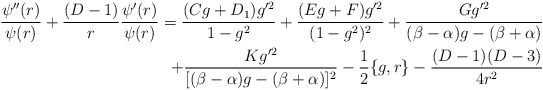
\begin{align*}\frac{\psi^{\prime\prime}(r)}{\psi(r)}+\frac{(D-1)}{r}\frac{\psi^{\prime}(r)}{\psi(r)}=\frac{(Cg+D_1)g^{\prime2}}{1-g^2}+\frac{(Eg+F)g^{\prime2}}{(1-g^2)^2}+\frac{Gg^{\prime2}}{(\beta-\alpha)g-(\beta+\alpha)}\\+\frac{Kg^{\prime2}}{[(\beta-\alpha)g-(\beta+\alpha)]^2}-\frac{1}{2}\{g,r\}-\frac{(D-1)(D-3)}{4r^2}\end{align*}